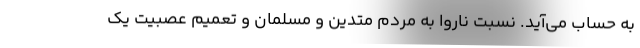
به حساب می‌آید. نسبت ناروا به مردم متدین و مسلمان و تعمیم عصبیت یک